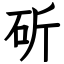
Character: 斫